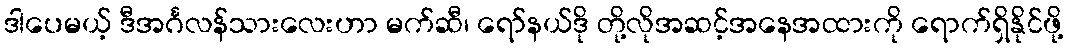
ဒါပေမယ့် ဒီအင်္ဂလန်သားလေးဟာ မက်ဆီ၊ ရော်နယ်ဒို တို့လိုအဆင့်အနေအထားကို ရောက်ရှိနိုင်ဖို့